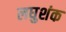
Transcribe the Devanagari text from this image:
लघुशंक